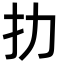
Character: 扐